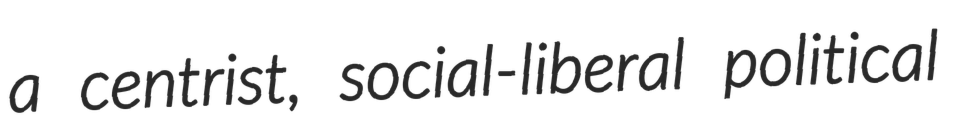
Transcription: a centrist, social-liberal political